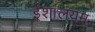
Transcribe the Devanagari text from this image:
ईशालयम